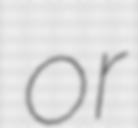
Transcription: or